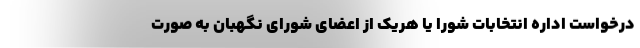
درخواست اداره انتخابات شورا یا هریک از اعضای شورای نگهبان به صورت